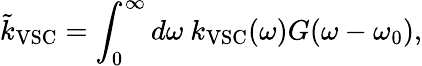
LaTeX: \tilde{k}_{\mathrm{VSC}}=\int_{0}^{\infty}d\omega~k_{\mathrm{VSC}}(\omega)G(\omega-\omega_{0}),